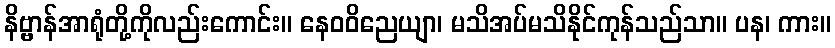
နိဗ္ဗာန်အာရုံတို့ကိုလည်းကောင်း။ နေဝဝိညေယျာ၊ မသိအပ်မသိနိုင်ကုန်သည်သာ။ ပန၊ ကား။